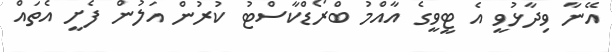
އޭނާ ވިދާޅުވީ އެ ޓީވީގެ އާއްމު ބްރޯޑްކާސްޓު ކުރުން އަލުން ފެށީ އެތައް